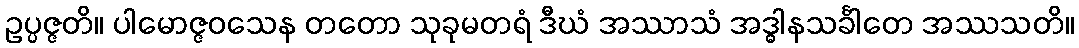
ဥပ္ပဇ္ဇတိ။ ပါမောဇ္ဇဝသေန တတော သုခုမတရံ ဒီဃံ အဿာသံ အဒ္ဓါနသင်္ခါတေ အဿသတိ။